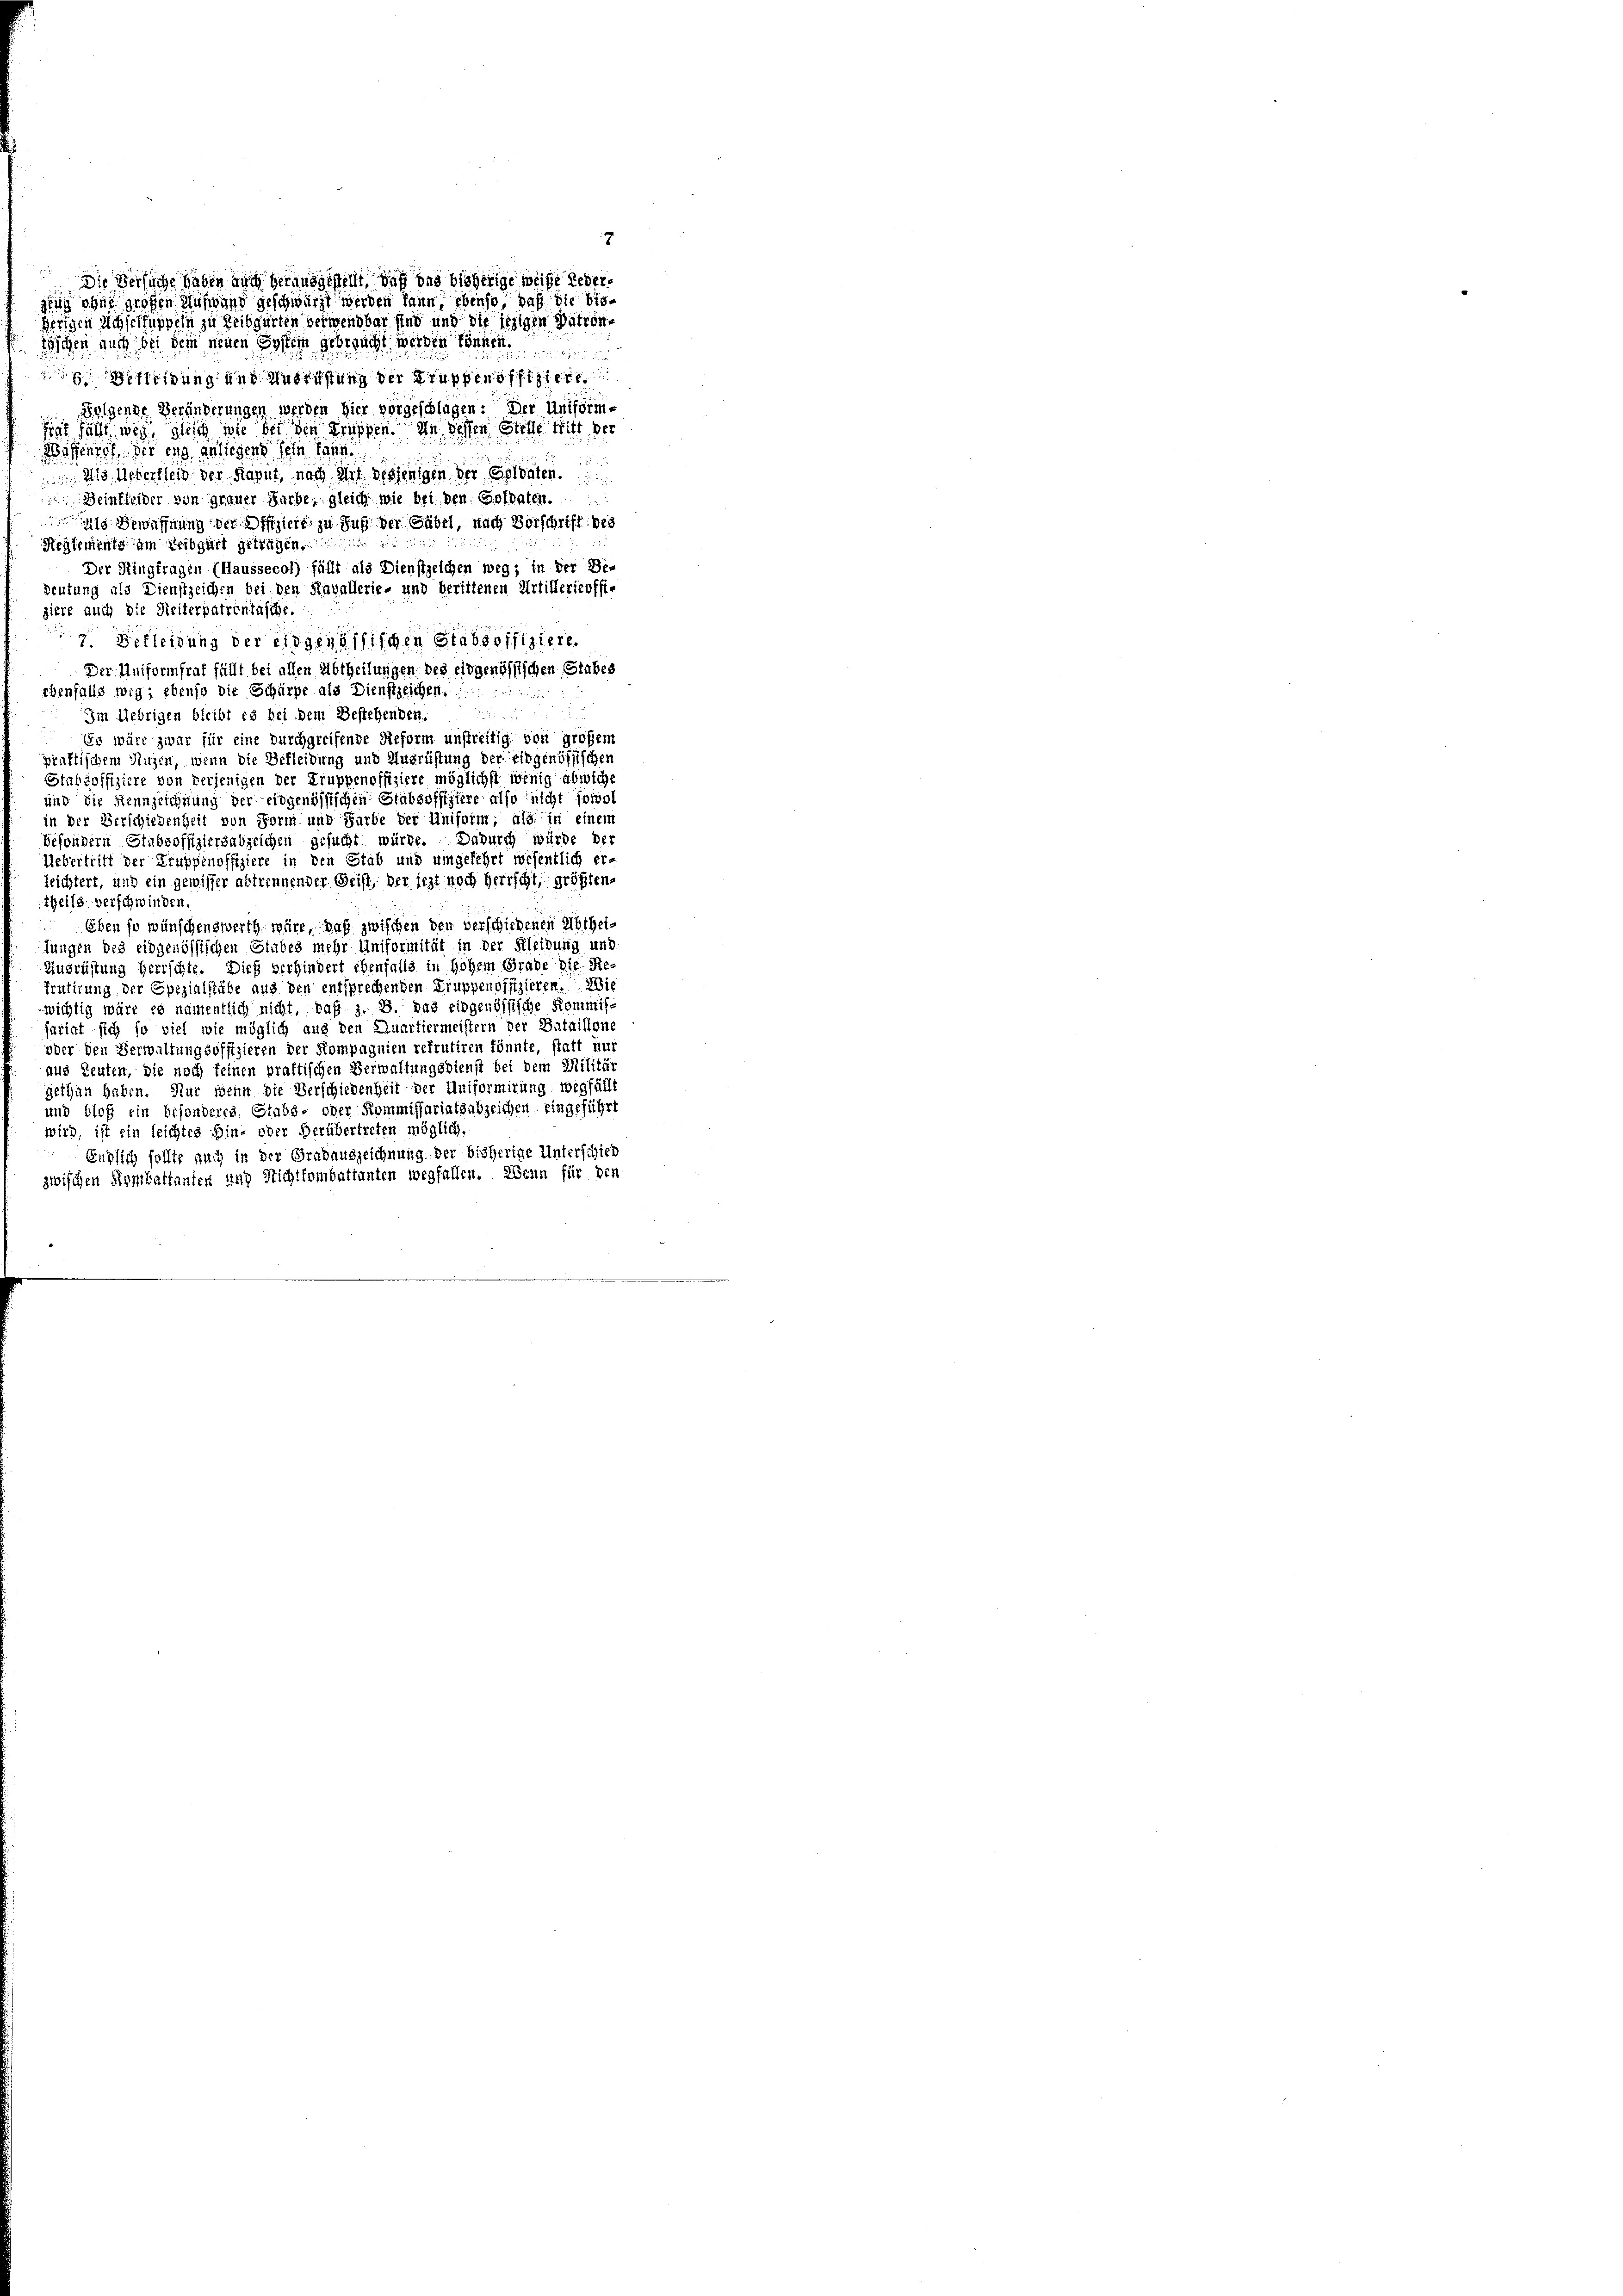
Die Versuche haben auch herausgestellt, daß das bisherige weise Lederging ohne großen Auswand geschwärzt werden kann ebenso, daß die bisherigen Achselfuppeln zu Leibgürten verwendbar sind und die jezigen Patrone
ischen auch bei dem jenen System gebracht werden Sonnen

itung und Meistung der Gruppenoffiziere
Folgende Veränderungen werden hier vorgeschlagen: Der Uniforme
sist fällt weg, gleich wie bei den Kupfen, in dessen Stelle tritt der
Waffendet der eng anliegens sein kann.
 die Ueberleid der Karnt, nach Art desjenigen der Goldaten.
Beinkleider von grauer Farbe, gleich wie bei den Goldaten.
 Bewaffnung der Offiziert zu Fuß der Gübel, nach Vorschrift des
Reglements am Leibgart getragen,
Der Ringfragen (Haussecol) fällt als Dienstzeichen weg; in der Be-
deutung als Dienstzeichen bei den Havallerie- und berittenen Artillerieoffi-
giere auch die Reiterpatrontasche.
2 Bekleidung der eidgenössischen Stabsoffiziere.
Der Uniformfrat fällt bei allen Abtheilungen des eidgenössischen Stabes
ebenfalls wig; ebenso die Schärpe als Dienstzeichen.

Im Uebrigen bleibt es bei dem Bestehenden.
Es wäre zwar für eine Durchgreifende Reform unstreitig von großem
prüftischem Herzen, wenn die Befleidung und Ausrüstung der Eidgenössischen
Stabsoffiziere von derjenigen der Truppenoffiziere möglichst wenig abwiche
und die Kennzeichnung der eidgenössischen Stabsoffiziere also nicht sowol
in der Verschiedenheit von Form und Farbe der Uniform, als in einem
besondern Stabsoffiziergabzeichen gesucht würde. Dadurch würde der
Uebertritt der Gruppenoffiziere in den Stab und umgekehrt wesentlich er-
leichtert, und ein gewisser abtrennender Geist, der jezt noch herrscht, größtentheils verschwinden
Eben so wünschenswerth wäre, daß zwischen den verschiedenen Abtheilungen des eidgenössischen Stabes mehr Uniformität in der Kleibung und
Ausrüstung herrschle. Dieß verhindert ebenfalls in hohem Grade die Re¬
Frutirung der Spezialstäbe aus den entsprechenden Truppenoffizieren. Di
wichtig wäre es namentlich nicht, daß z. B. das eidgenössische Kommis-
fariat sich so viel wie möglich aus den Quartiermeistern der Bataillone
oder den Verwaltungsoffizieren der Kompagnien refrutiren könnte, statt nur
aus Leuten, die noch seinen praktischen Verwaltungsdienst bei dem Militär
gethan haben. Nur wehn die Verschiedenheit der Uniformirung wegfällt
und bloß ein besonderes Stabs- oder Kommissariatsabzeichen eingeführt
wird, ist ein leichtes Hin- oder Verübertreten möglich.
Englich sollte auch in der Gradauszeichnung der bisherige Unterschied
zwischen Kombattanten und Nichtlombattanten wegfallen. Wenn für den

7